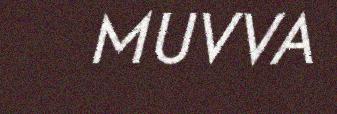
MUVVA